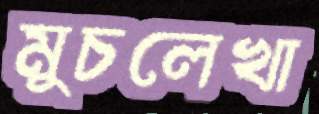
মুচলেখা